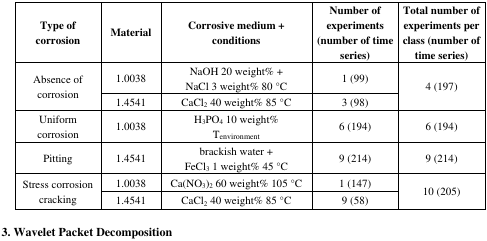
| Type of corrosion | Material | Corrosive medium + conditions | Number of experiments (number of time series) | Total number of experiments per class (number of time series) |
 | --- | --- | --- | --- | --- |
 | <ROWSPAN=2> Absence of corrosion | 1.0038 | NaOH 20 weight% + NaCl 3 weight% 80 °C | 1 (99) | <ROWSPAN=2> 4 (197) |
 | 1.4541 | CaCl2 40 weight% 85 °C | 3 (98) |
 | Uniform corrosion | 1.0038 | H3PO4 10 weight% Tenvironment | 6 (194) | 6 (194) |
 | Pitting | 1.4541 | brackish water + FeCl3 1 weight% 45 °C | 9 (214) | 9 (214) |
 | <ROWSPAN=2> Stress corrosion cracking | 1.0038 | Ca(NO3)2 60 weight% 105 °C | 1 (147) | <ROWSPAN=2> 10 (205) |
 | 1.4541 | CaCl2 40 weight% 85 °C | 9 (58) |